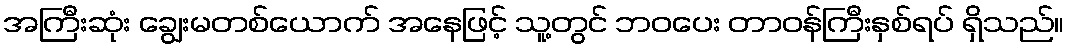
အကြီးဆုံး ချွေးမတစ်ယောက် အနေဖြင့် သူ့တွင် ဘဝပေး တာဝန်ကြီးနှစ်ရပ် ရှိသည်။